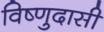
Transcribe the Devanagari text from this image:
विष्णुदासी